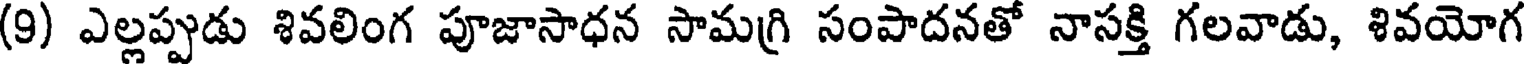
(9) ఎల్లప్పుడు శివలింగ పూజాసాధన సామగ్రి సంపాదనతో నాసక్తి గలవాడు, శివయోగ